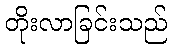
တိုးလာခြင်းသည်